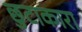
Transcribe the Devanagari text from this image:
छुटाकारा